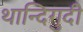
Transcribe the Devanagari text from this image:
थान्दिगुदी